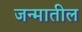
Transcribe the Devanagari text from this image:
जन्‍मातील